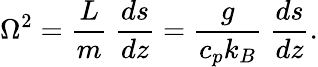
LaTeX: \Omega^{2}={\frac{L}{m}}\ {\frac{ds}{dz}}={\frac{g}{c_{p}k_{B}}}\ {\frac{ds}{dz}}.